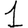
Digit: 1